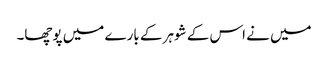
میں نے اس کے شوہر کے بارے میں پوچھا۔